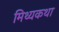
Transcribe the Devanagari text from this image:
मिथ्यकथा